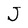
Character: J